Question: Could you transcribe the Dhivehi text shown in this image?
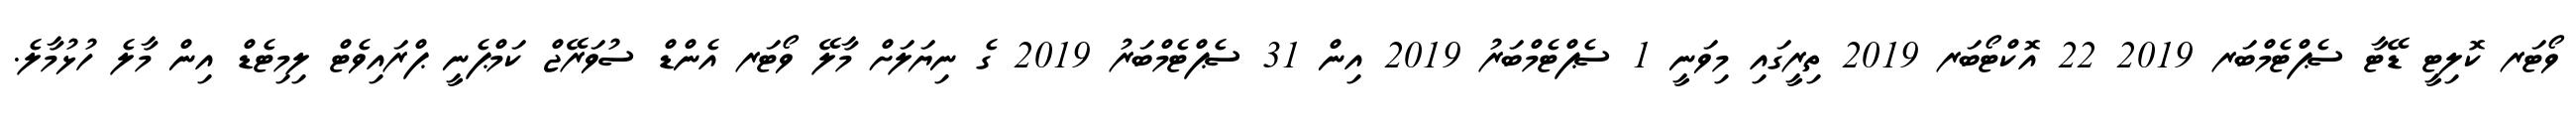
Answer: ވޯޓަރ ކޮލިޓީ ޑޭޓާ ސެޕްޓެމްބަރ 2019 22 އޮކްޓޯބަރ 2019 ތިރީގައި މިވަނީ 1 ސެޕްޓެމްބަރު 2019 އިން 31 ސެޕްޓެމްބަރު 2019 ގެ ނިޔަލަށް މާލޭ ވޯޓަރ އެންޑް ސުވަރޭޖް ކަމްޕެނީ ޕްރައިވެޓް ލިމިޓެޑް އިން މާލެ ހުޅުމާލެ.